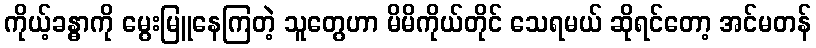
ကိုယ့်ခန္ဓာကို မွေးမြူနေကြတဲ့ သူတွေဟာ မိမိကိုယ်တိုင် သေရမယ် ဆိုရင်တော့ အင်မတန်